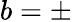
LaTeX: b=\pm